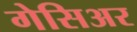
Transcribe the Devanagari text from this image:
गेसिअर